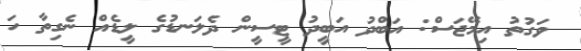
ވަގުތު އިމޭޖަސް: އަބްދު އަބީދު ޓީސީން ދެލަނޑުގެ ލީޑެއް ނެގިތާ ހަ